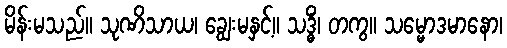
မိန်းမသည်။ သုဏိသာယ၊ ချွေးမနှင့်။ သဒ္ဓိံ၊ တကွ။ သမ္မောဒမာနော၊